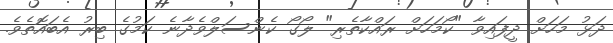
ދަޅު މަހަށް ދީފައިވާ "ކޯމަހަށް ރައްކާތެރި" ލޯގޯ ކެންސަލްވެދާނެ ކަމުގެ ބިރު އެބައޮތެވެ.